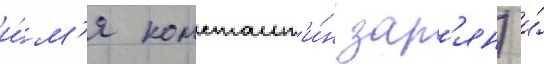
и́м'я констант'и́н зар'ян) и́